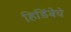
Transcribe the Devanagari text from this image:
हिडिंबेचे